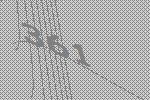
361